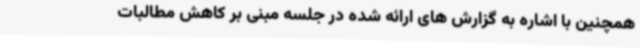
همچنین با اشاره به گزارش های ارائه شده در جلسه مبنی بر کاهش مطالبات